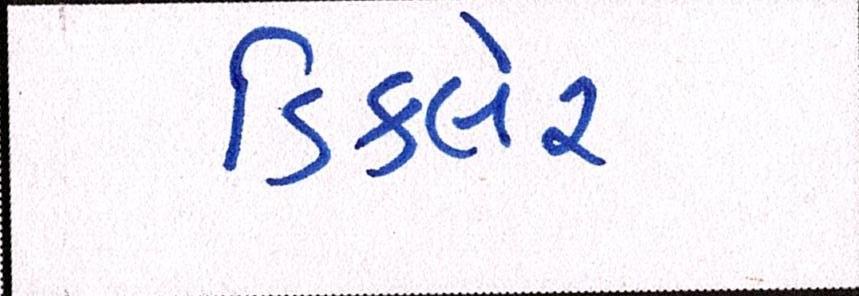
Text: ડિકલેર